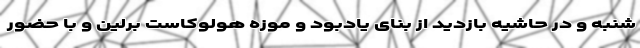
شنبه و در حاشیه بازدید از بنای یادبود و موزه هولوکاست برلین و با حضور